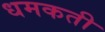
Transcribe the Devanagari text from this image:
धमकती